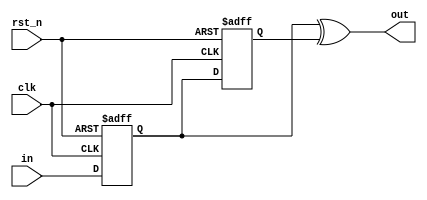
module ded(out, in, clk, rst_n); // Dual-Edge Detector

input clk;
input wire in, rst_n;
output out;

`ifdef fsm

// This implementation uses FSM methodology

reg out;
reg [2:0] state;

localparam st0 = 3'b000,
st1 = 3'b001,
st2 = 3'b011,
st3 = 3'b010,
st4 = 3'b110;

always @(posedge clk, negedge rst_n) begin
    if (!rst_n) begin
        out    <= 1'b0;
        state  <= st0;
    end
    else begin
        out <= 1'b0;
        case (state)
           st0 : begin 
                if (in) state <= st1;
                else    state <= st2;
           end
           st1 : begin
                if (in) state <= st1;
                else    state <= st3;
           end
           st2 : begin
                if (in) state <= st4;
                else    state <= st2;
           end
           st3 : begin
                out <= 1'b1;
                if (in) state <= st4;
                else    state <= st2;
           end
           st4 : begin
                out <= 1'b1;
                if (in) state <= st1;
                else    state <= st3;
           end
            default: state  <= st0;
        endcase
    end
end

`else

// This implementation is more optimized

reg cell0, cell1;

always @(posedge clk, negedge rst_n) begin
    if (!rst_n) begin
        cell0  <= 1'b0;
        cell1  <= 1'b0;
    end
    else begin
        cell0 <= in;
        cell1 <= cell0;
    end
end

assign out = cell0 ^ cell1;

`endif


endmodule